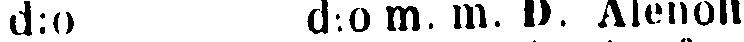
d:o d:o m. mm. D. Alenoff